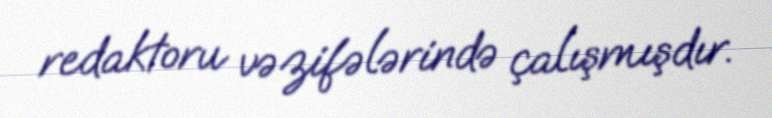
redaktoru vəzifələrində çalışmışdır.